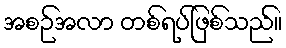
အစဉ်အလာ တစ်ရပ်ဖြစ်သည်။